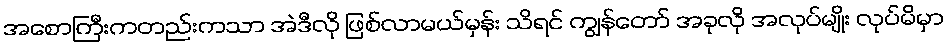
အစောကြီးကတည်းကသာ အဲဒီလို ဖြစ်လာမယ်မှန်း သိရင် ကျွန်တော် အခုလို အလုပ်မျိုး လုပ်မိမှာ